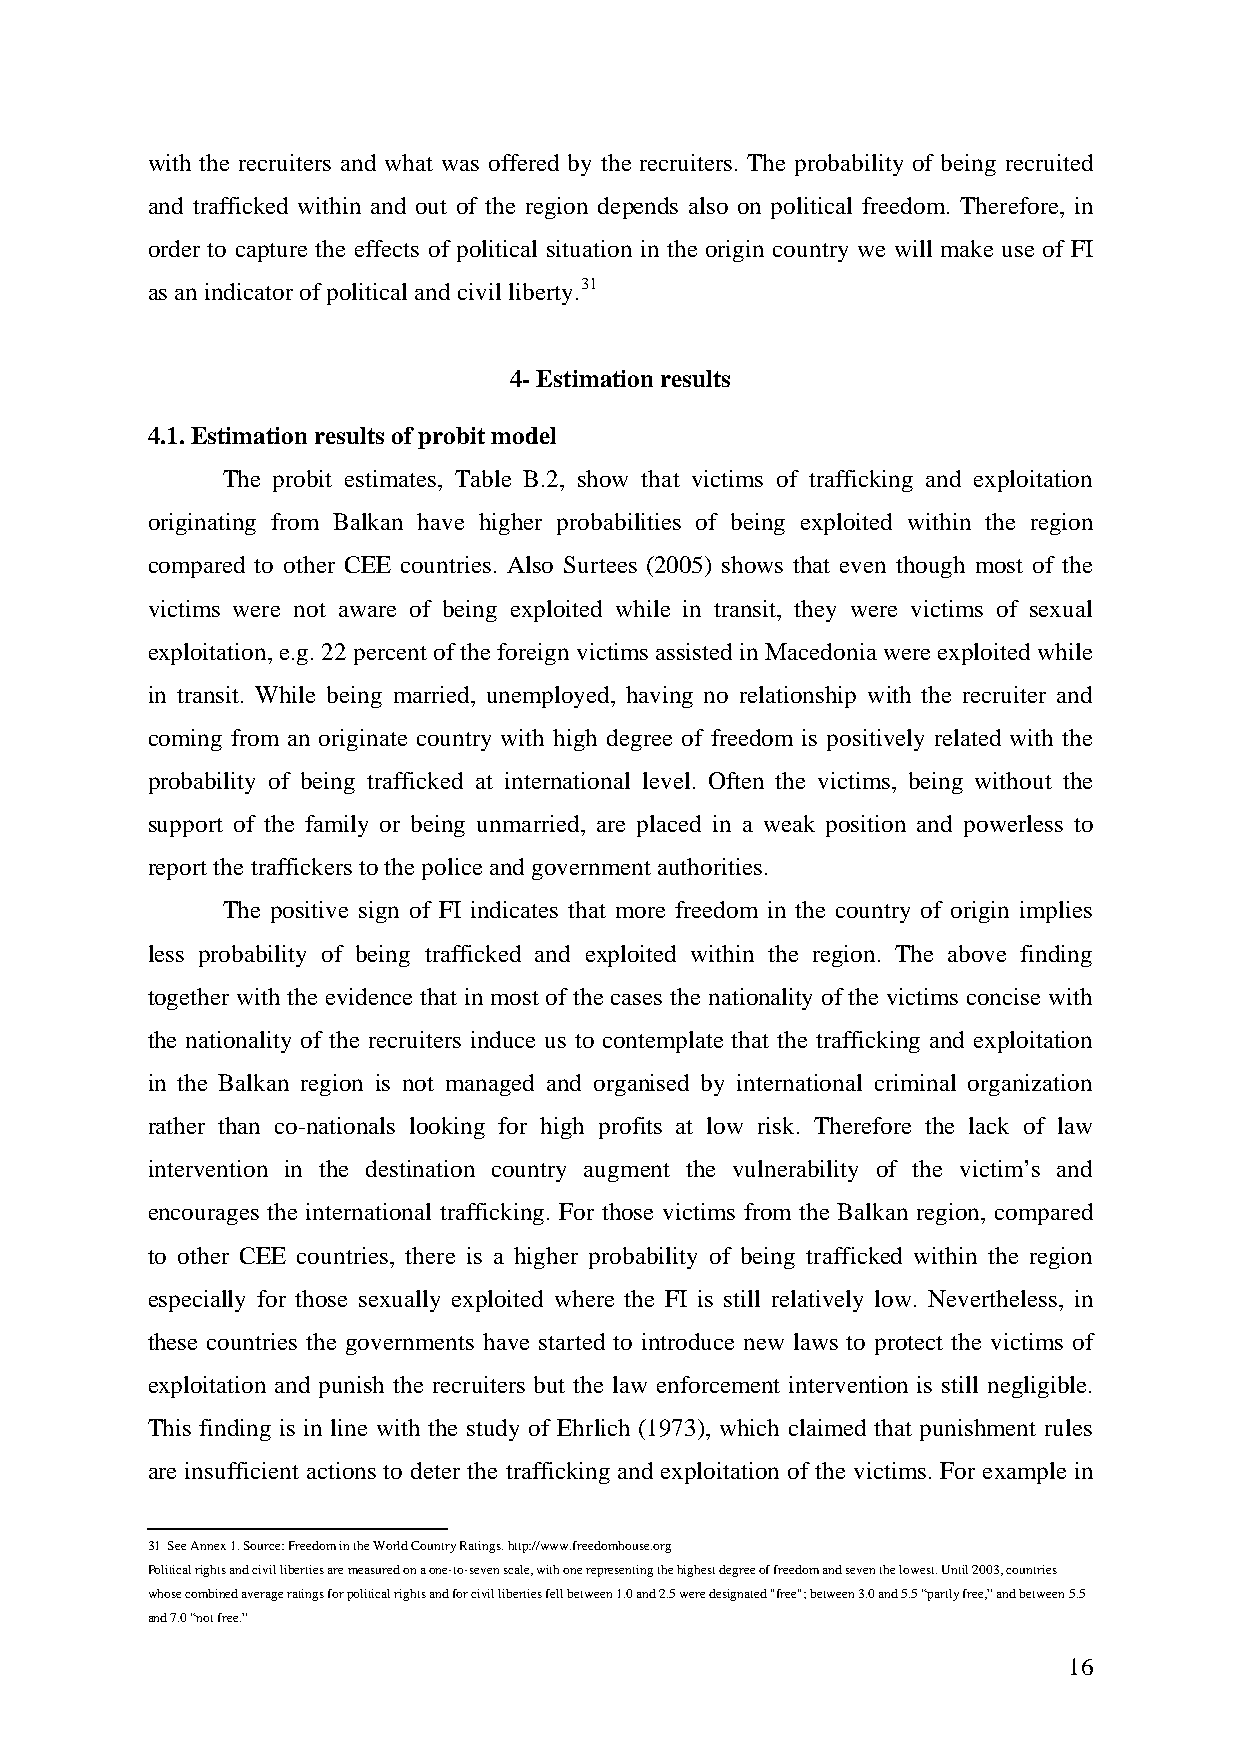
with the recruiters and what was offered by the recruiters. The probability of being recruited
 and trafficked within and out of the region depends also on political freedom. Therefore, in
 order to capture the effects of political situation in the origin country we will make use of FI
 as an indicator of political and civil liberty.31
 4- Estimation results
 4.1. Estimation results of probit model
 The probit estimates, Table B.2, show that victims of trafficking and exploitation
 originating from Balkan have higher probabilities of being exploited within the region
 compared to other CEE countries. Also Surtees (2005) shows that even though most of the
 victims were not aware of being exploited while in transit, they were victims of sexual
 exploitation, e.g. 22 percent of the foreign victims assisted in Macedonia were exploited while
 in transit. While being married, unemployed, having no relationship with the recruiter and
 coming from an originate country with high degree of freedom is positively related with the
 probability of being trafficked at international level. Often the victims, being without the
 support of the family or being unmarried, are placed in a weak position and powerless to
 report the traffickers to the police and government authorities.
 The positive sign of FI indicates that more freedom in the country of origin implies
 less probability of being trafficked and exploited within the region. The above finding
 together with the evidence that in most of the cases the nationality of the victims concise with
 the nationality of the recruiters induce us to contemplate that the trafficking and exploitation
 in the Balkan region is not managed and organised by international criminal organization
 rather than co-nationals looking for high profits at low risk. Therefore the lack of law
 intervention in the destination country augment the vulnerability of the victim’s and
 encourages the international trafficking. For those victims from the Balkan region, compared
 to other CEE countries, there is a higher probability of being trafficked within the region
 especially for those sexually exploited where the FI is still relatively low. Nevertheless, in
 these countries the governments have started to introduce new laws to protect the victims of
 exploitation and punish the recruiters but the law enforcement intervention is still negligible.
 This finding is in line with the study of Ehrlich (1973), which claimed that punishment rules
 are insufficient actions to deter the trafficking and exploitation of the victims. For example in
 31 See Annex 1. Source: Freedom in the World Country Ratings. http://www.freedomhouse.org
 Political rights and civil liberties are measured on a one-to-seven scale, with one representing the highest degree of freedom and seven the lowest. Until 2003, countries
 whose combined average ratings for political rights and for civil liberties fell between 1.0 and 2.5 were designated "free"; between 3.0 and 5.5 “partly free,” and between 5.5
 and 7.0 “not free.”
 16